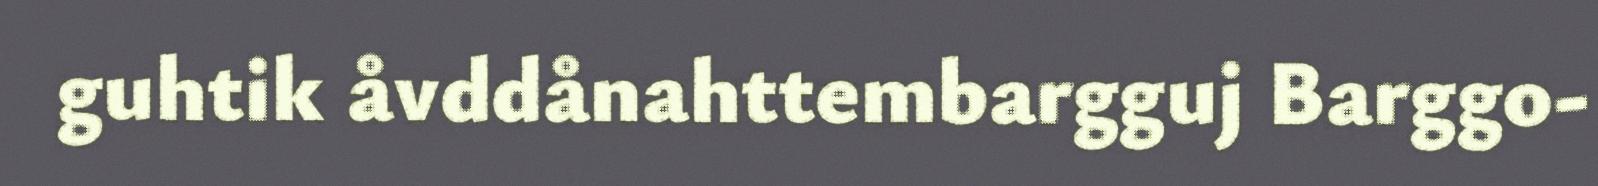
guhtik åvddånahttembargguj Barggo-